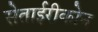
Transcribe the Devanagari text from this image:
सेताईरीकोन